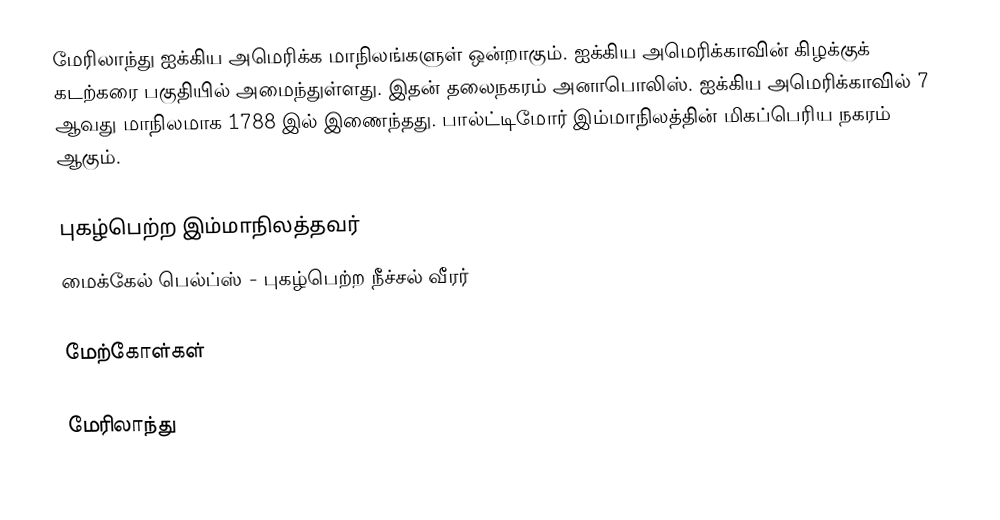
மேரிலாந்து ஐக்கிய அமெரிக்க மாநிலங்களுள் ஒன்றாகும். ஐக்கிய அமெரிக்காவின் கிழக்குக் கடற்கரை பகுதியில் அமைந்துள்ளது. இதன் தலைநகரம் அனாபொலிஸ். ஐக்கிய அமெரிக்காவில் 7 ஆவது மாநிலமாக 1788 இல் இணைந்தது. பால்ட்டிமோர் இம்மாநிலத்தின் மிகப்பெரிய நகரம் ஆகும்.

புகழ்பெற்ற இம்மாநிலத்தவர்
 மைக்கேல் பெல்ப்ஸ் - புகழ்பெற்ற நீச்சல் வீரர்

மேற்கோள்கள்

மேரிலாந்து